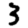
Digit: 3